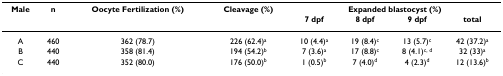
<table><thead><tr><td><b>Male</b></td><td><b>n</b></td><td><b>Oocyte Fertilization (%)</b></td><td><b>Cleavage (%)</b></td><td colspan="4"><b>Expanded blastocyst (%)</b></td></tr><tr><td></td><td></td><td></td><td></td><td><b>7 dpf</b></td><td><b>8 dpf</b></td><td><b>9 dpf</b></td><td><b>total</b></td></tr></thead><tbody><tr><td>A</td><td>460</td><td>362 (78.7)</td><td>226 (62.4)<sup>a</sup></td><td>10 (4.4)<sup>a</sup></td><td>19 (8.4)<sup>c</sup></td><td>13 (5.7)<sup>c</sup></td><td>42 (37.2)<sup>a</sup></td></tr><tr><td>B</td><td>440</td><td>358 (81.4)</td><td>194 (54.2)<sup>b</sup></td><td>7 (3.6)<sup>a</sup></td><td>17 (8.8)<sup>c</sup></td><td>8 (4.1)<sup>c, d</sup></td><td>32 (33)<sup>a</sup></td></tr><tr><td>C</td><td>440</td><td>352 (80.0)</td><td>176 (50.0)<sup>b</sup></td><td>1 (0.5)<sup>b</sup></td><td>7 (4.0)<sup>d</sup></td><td>4 (2.3)<sup>d</sup></td><td>12 (13.6)<sup>b</sup></td></tr></tbody></table>